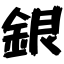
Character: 銀